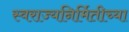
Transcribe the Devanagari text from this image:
स्वराज्यनिर्मितीच्या